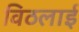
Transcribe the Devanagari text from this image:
विठलाई